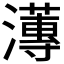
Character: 𭳚